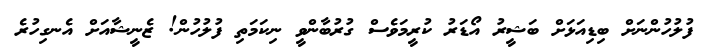
ފުލުހުންނަށް ބިޑިއަޅަށް ބަޝީރު އޯޑަރު ކުރީމަވެސް ގުރުބާންވީ ނިކަމަތި ފުލުހުން! ޒެނީޝާއަށް އެނގިހުރެ